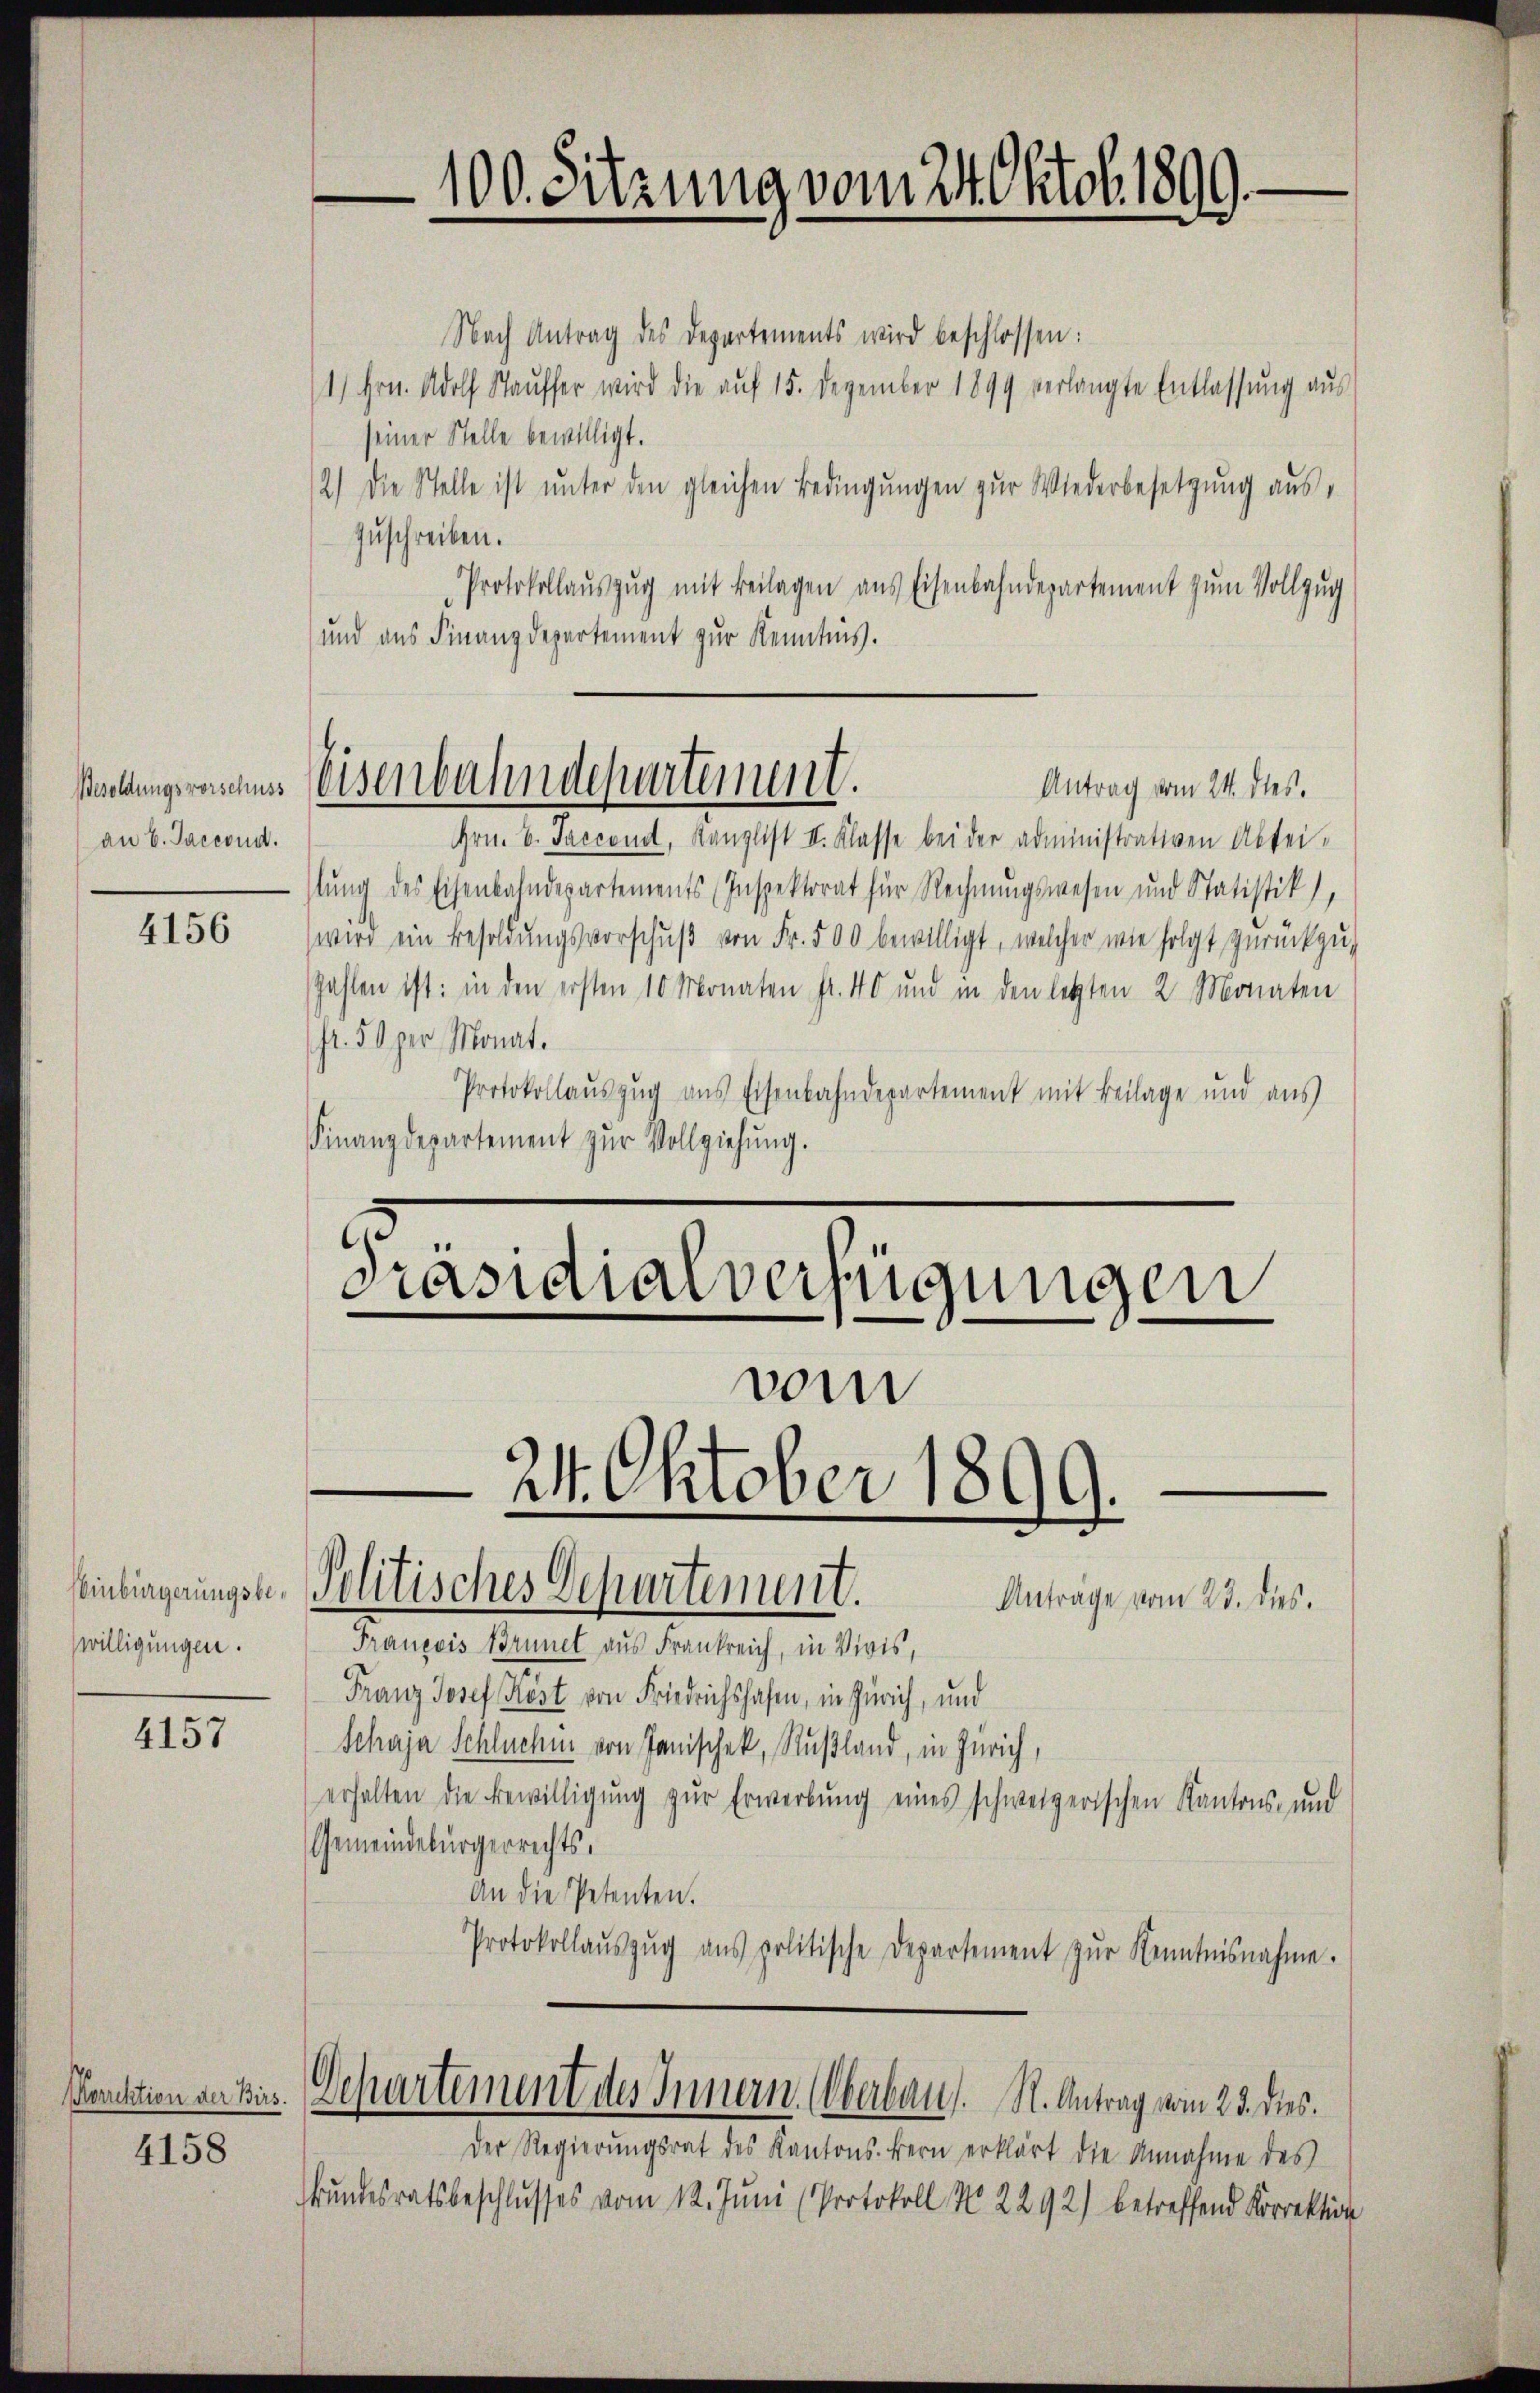
Besoldungsvorschuss
an V. Jaccord.

4156

Winbürgerungsbewilligungen.

4157

4158

100. Sitzung vom 24. Oktob. 1899.

Eisenbahndepartement.

Nach Antrag des Departements wird beschlossen:
1) Hrn. Adolf Stauffer wird die aŭf 15. Dezember 1899 verlangte Entlassŭng aus
seiner Stelle bewilligt.
2.) Die Stelle ist unter den gleichen Bedingungen zur Wiederbesetzung aus,
zuschreiben.
Protokollauszug mit Beilagen aus Eisenbahndepartement zum Vollzug
und aus Finanzdepartement zur Kenntnis.
Antrag vom 24. dies.
Hrn. V. Jaccond, Kanzlist II. Klasse bei der administrativen Abtei-
tŭng des Eisenbahndepartements Inspektorat für Rechnŭngswesen und Statistik),
wird ein Besoldŭngsvorschŭβ von Fr. 500 bewilligt, welcher wie folgt zurückzuzahlen ist: in den ersten 10 Monaten Fr. 40 und in den letzten 2 Monaten
fr. 50 per Monat.
Protokollauszug aus Eisenbahndepartement mit Beilage und aus
Finanzdepartement zŭr Vollziehŭng.

Präsidialverfügungen
vom
24. Oktober 1899.
Politisches Departement.
Anträge vom 23. dies.

François Brunel aus Frankreich, in Vivis,
Franz Josef Kost von Friedrichshafen, in Zürich, und
Schaja Schluchen von Janischek, Rußland, in Zürich,
erhalten die Bewilligŭng zŭr Erwerbŭng eines schweizerischen Kantons- und
Gemeindebürgerrechts.
An die Petenten.
Protokollaŭszŭg ans politische Departement zŭr Kenntnisnahme.
auction der kir. Departement des Innern. Oberbaut. K. Antrag vom 23. dies.
Der Regierŭngsrat des Kantons Bern erklärt die Annahme des
Bundesratsbeschlusses vom 12. Juni (Protokoll No 2292) betreffend Korrektion